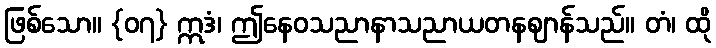
ဖြစ်သော။ {၀၇} ဣဒံ၊ ဤနေဝသညာနာသညာယတနဈာန်သည်။ တံ၊ ထို